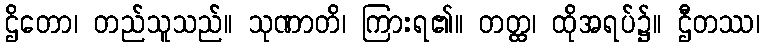
ဌိတော၊ တည်သူသည်။ သုဏာတိ၊ ကြားရ၏။ တတ္ထ၊ ထိုအရပ်၌။ ဌီတဿ၊